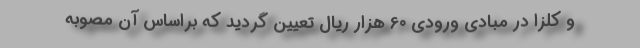
و کلزا در مبادی ورودی 60 هزار ریال تعیین گردید که براساس آن مصوبه